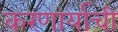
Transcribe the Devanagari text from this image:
करणार्याची